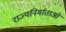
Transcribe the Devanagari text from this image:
राज्यनिर्माताओं